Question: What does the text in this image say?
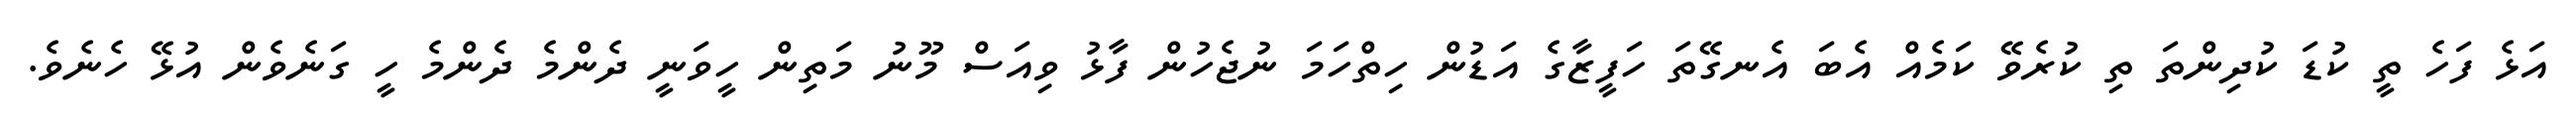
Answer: އަޅެ ފަހެ ތީ ކުޑަ ކުދިންތަ ތި ކުރެވޭ ކަމެއް އެބަ އެނގޭތަ ހަފީޒާގެ އަޑުން ހިތްހަމަ ނުޖެހުން ފާޅު ވިއަސް މޫނު މަތިން ހީވަނީ ދެންމެ ދެންމެ ހީ ގަނެވެން އުޅޭ ހެނެވެ.